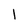
Character: l